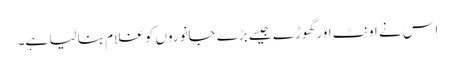
اس نے اونٹ اور گھوڑے جیسے بڑے جانوروں کو غلام بنا لیا ہے۔